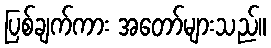
ပြစ်ချက်ကား အတော်များသည်။